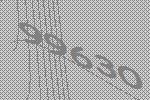
99630